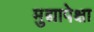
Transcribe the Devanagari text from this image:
मुद्यापेक्षा